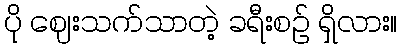
ပို ဈေးသက်သာတဲ့ ခရီးစဉ် ရှိလား။